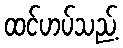
ထင်ဟပ်သည့်